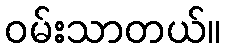
ဝမ်းသာတယ်။